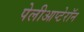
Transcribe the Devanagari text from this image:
पेलीआप्टेरॉन